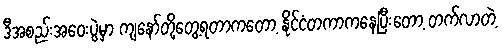
ဒီအစည်းအဝေးပွဲမှာ ကျနော်တို့တွေ့ရတာကတော့ နိုင်ငံတကာကနေပြီးတော့ တက်လာတဲ့